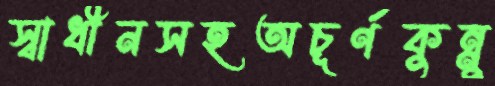
স্বাধীনসহঅচূর্ণকুন্নু